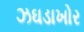
ઝઘડાખોર